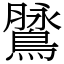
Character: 䳮